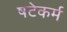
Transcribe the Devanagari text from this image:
षटेकर्म